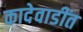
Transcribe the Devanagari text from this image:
कादेवाडींत